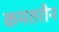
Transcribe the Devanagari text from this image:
कमतरीन